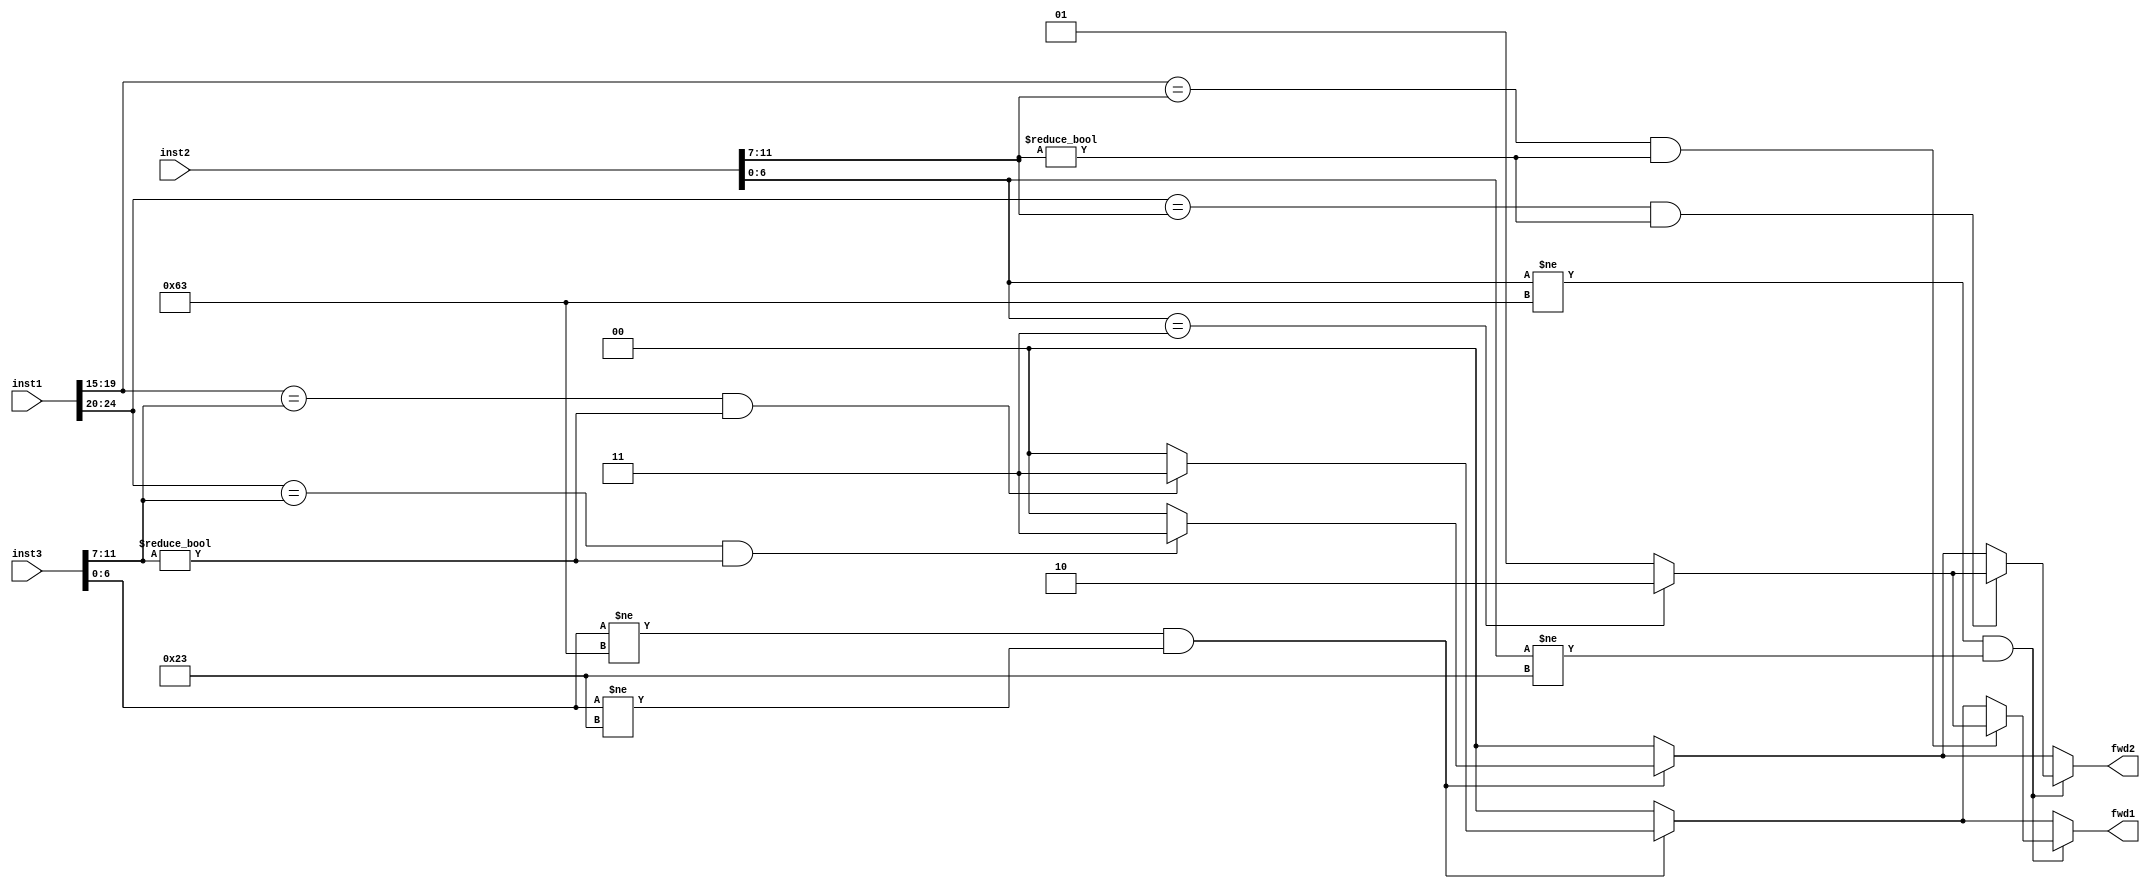
module forwarder(inst1,inst2,inst3,fwd1,fwd2);
parameter INST_LENGTH = 32;
parameter REG_ADDR_LENGTH = 5; 
parameter OPCODE_LENGTH = 7;

input [INST_LENGTH-1:0] inst1,inst2,inst3;
output reg [1:0] fwd1,fwd2;

reg [REG_ADDR_LENGTH-1:0] rd2, rd3, rs11 ,rs21;
reg [OPCODE_LENGTH-1:0] opcode1,opcode2,opcode3; 

always @(inst1 or inst2 or inst3)
begin 
	rd2 = inst2[11:7];
	rd3 = inst3[11:7];
	rs11 = inst1[19:15];
	rs21 = inst1[24:20];

	opcode1 = inst1 [6:0];
	opcode2 = inst2 [6:0];
	opcode3 = inst3 [6:0];

//forwarding cho opA
	if(opcode2 != 7'b1100011 && opcode2 != 7'b0100011)
		begin 
		if(rs11 == rd2 && rd2 != 5'b00000)
			begin 
			if(opcode2 == 7'b0000011)
				fwd1 = 2'b10;
			else 
				fwd1 = 2'b01;
			end
		else if(opcode3 != 7'b1100011 && opcode3 != 7'b0100011)
			begin 
			if(rs11 == rd3 && rd3 != 5'b00000)
				fwd1 = 2'b11;
			else 
				fwd1 = 2'b00;
			end
		else 
			fwd1 = 2'b00;
	
		end
	else if(opcode3 != 7'b1100011 && opcode3 != 7'b0100011)
		begin 
			if(rs11 == rd3 && rd3 != 5'b00000 )
				fwd1 = 2'b11;
			else
				fwd1 = 2'b00;
		end
	else
		fwd1 = 2'b00;
		
//forwarding cho opB
	if(opcode2 != 7'b1100011 && opcode2 != 7'b0100011)
		begin 
		if(rs21 == rd2 && rd2 != 5'b00000)
			begin 
			if(opcode2 == 7'b0000011)
				fwd2 = 2'b10;
			else 
				fwd2 = 2'b01;
			end
		else if(opcode3 != 7'b1100011 && opcode3 != 7'b0100011)
			begin 
			if(rs21 == rd3 && rd3 != 5'b00000)
				fwd2 = 2'b11;
			else 
				fwd2 = 2'b00;
			end
		else 
			fwd2 = 2'b00;
	
		end
	else if(opcode3 != 7'b1100011 && opcode3 != 7'b0100011)
		begin 
			if(rs21 == rd3 && rd3 != 5'b00000)
				fwd2 = 2'b11;
			else
				fwd2 = 2'b00;
		end
	else
		fwd2 = 2'b00;

end

endmodule